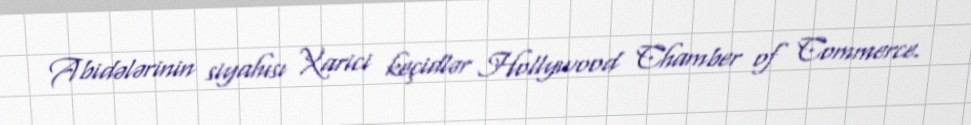
Abidələrinin siyahısı Xarici keçidlər Hollywood Chamber of Commerce.